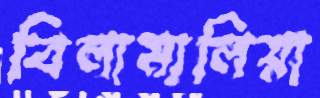
বিলামালিয়া